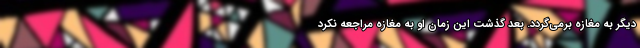
دیگر به مغازه برمی‌گردد. بعد گذشت این زمان او به مغازه مراجعه نکرد